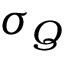
\sigma _ { Q }